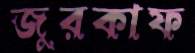
জুরকাফ